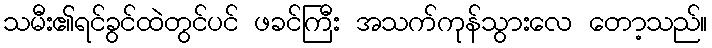
သမီး၏ရင်ခွင်ထဲတွင်ပင် ဖခင်ကြီး အသက်ကုန်သွားလေ တော့သည်။